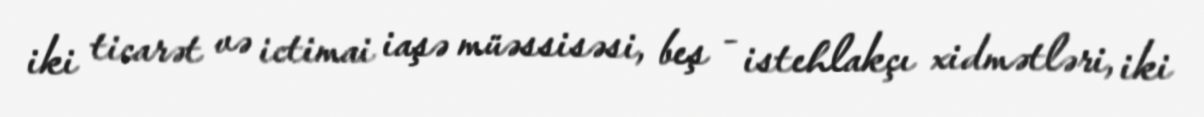
iki ticarət və ictimai iaşə müəssisəsi, beş - istehlakçı xidmətləri, iki